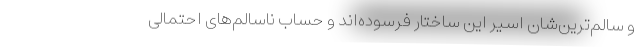
و سالم‌ترین‌شان اسیر این ساختار فرسوده‌اند و حساب ناسالم‌های احتمالی